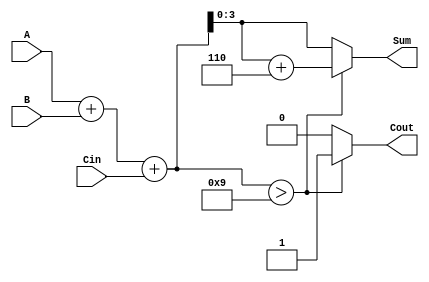
module BCD_Fast_Adder (
    input  [3:0] A,      // First BCD digit
    input  [3:0] B,      // Second BCD digit
    input        Cin,     // Carry-in
    output reg [3:0] Sum, // Resulting BCD digit
    output reg Cout       // Carry-out
);

    wire [4:0] binary_sum; // 5-bit sum to accommodate carry
    wire adjust;           // Flag for adjustment
    wire [4:0] adjusted_sum; // Adjusted sum after adding 6

    // Step 1: Binary Addition
    assign binary_sum = A + B + Cin;

    // Step 2: Check for BCD correction
    assign adjust = (binary_sum > 5'd9); // Check if sum is greater than 9

    // Step 3: BCD Adjustment (add 6 if needed)
    assign adjusted_sum = binary_sum + 5'd6;

    // Step 4: Determine outputs
    always @(*) begin
        if (adjust) begin
            Sum = adjusted_sum[3:0]; // Use adjusted sum
            Cout = 1'b1;              // Set carry-out
        end else begin
            Sum = binary_sum[3:0];    // Use binary sum
            Cout = 1'b0;              // No carry-out
        end
    end

endmodule